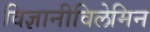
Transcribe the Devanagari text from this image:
विज्ञानीविलेमिन